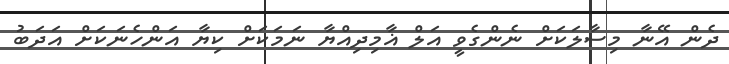
ދެން އޭނާ މިސާލަކަށް ނެންގެވީ އަލް ޣާމިދިއްޔާ ނަމަކަށް ކިޔާ އަންހެނަކަށް އަދަބު